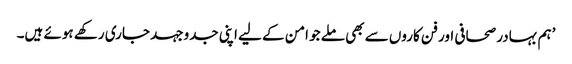
’ہم بہادر صحافی اور فن کاروں سے بھی ملے جو امن کے لیے اپنی جدوجہد جاری رکھے ہوئے ہیں۔